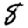
Digit: 8